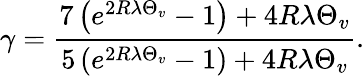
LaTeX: \gamma=\frac{7\left(e^{2R\lambda\Theta_{v}}-1\right)+4R\lambda\Theta_{v}}{5\left(e^{2R\lambda\Theta_{v}}-1\right)+4R\lambda\Theta_{v}}.